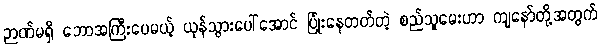
ဉာဏ်မရှိ ဘောအကြီးပေမယ့် ယုန်သွားပေါ်အောင် ပြုံးနေတတ်တဲ့ စည်သူမေးဟာ ကျနော်တို့အတွက်